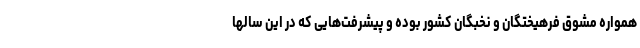
همواره مشوق فرهیختگان و نخبگان کشور بوده و پیشرفت‌هایی که در این سالها